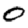
Digit: 0